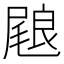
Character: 𭯢